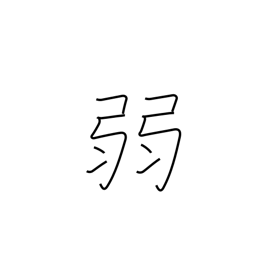
Meaning: frail